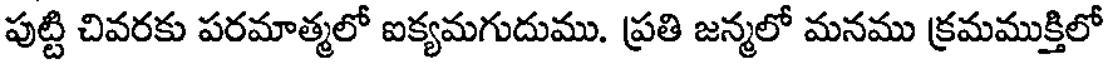
పుట్టి చివరకు పరమాత్మలో ఐక్యమగుదుము. ప్రతి జన్మలో మనము క్రమముక్తిలో